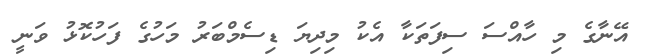
އޭނާގެ މި ހާއްސަ ސިފަތަކާ އެކު މިދިޔަ ޑިސެމްބަރު މަހުގެ ފަހުކޮޅު ވަނީ